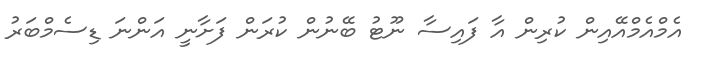
އެމްއެމްއޭއިން ކުރިން އާ ފައިސާ ނޫޓު ބޭނުން ކުރަން ފަށާނީ އަންނަ ޑިސެމްބަރު